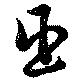
臣